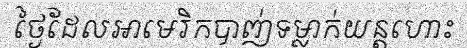
ថ្ងៃដែលអាមេរិកបាញ់ទម្លាក់យន្តហោះ